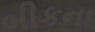
બીકના